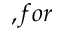
, f o r